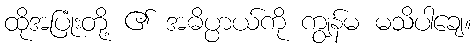
ထိုအပြုံးတို့ ၏ အဓိပ္ပာယ်ကို ကျွန်မ မသိပါချေ။